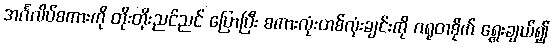
အင်္ဂလိပ်စကားကို တိုးတိုးညင်ညင် ပြောပြီး စကားလုံးတစ်လုံးချင်းကို ဂရုတစိုက် ရွေးချယ်၍